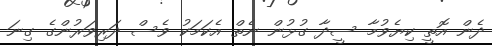
ދެން އޮތީ ކިޔެވުމާ ސީދާ ގުޅުން ނެތް އެކަމަކު ވެސް ދަރިވަރުންގެ ގިނަ